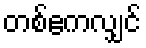
တစ်ဧကလျှင်